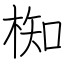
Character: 椥